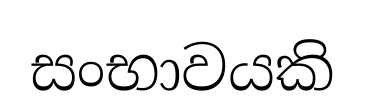
සංභාවයකි